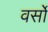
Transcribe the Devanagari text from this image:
वर्सो